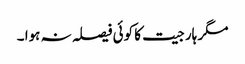
مگر ہار جیت کا کوئی فیصلہ نہ ہوا ۔